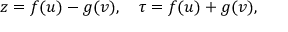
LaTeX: z = f ( u ) - g ( v ) , \quad \tau = f ( u ) + g ( v ) ,